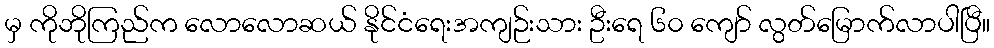
မှ ကိုဘိုကြည်က လောလောဆယ် နိုင်ငံရေးအကျဉ်းသား ဦးရေ ၆၀ ကျော် လွတ်မြောက်လာပါပြီ။